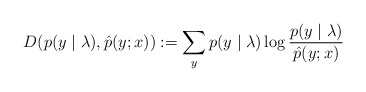
\begin{align*} D(p(y \mid \lambda), \hat{p}(y;x)) := \sum_y p(y \mid \lambda) \log \frac{p(y \mid \lambda)}{\hat{p}(y;x)}\end{align*}